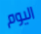
اليوم